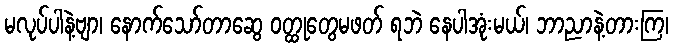
မလုပ်ပါနဲ့ဗျာ၊ နောက်သော်တာဆွေ ဝတ္ထုတွေမဖတ် ရဘဲ နေပါအုံးမယ်၊ ဘာညာနဲ့တားကြ၊